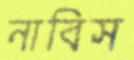
নাবিস